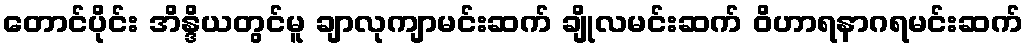
တောင်ပိုင်း အိန္ဒိယတွင်မူ ချာလုကျာမင်းဆက် ချိုလမင်းဆက် ဝိဟာရနာဂရမင်းဆက်